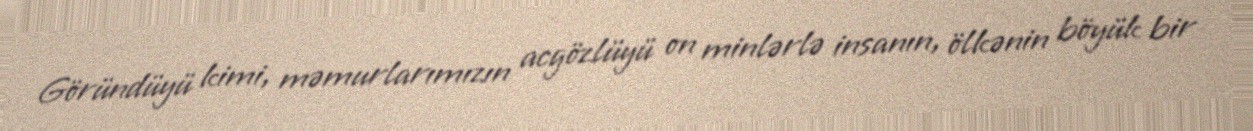
Göründüyü kimi, məmurlarımızın acgözlüyü on minlərlə insanın, ölkənin böyük bir